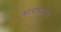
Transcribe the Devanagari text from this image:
कात्राबाईच्या